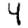
Digit: 4